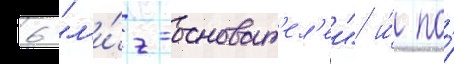
6 "л'и́г-основат'ел'еи" и́ по́